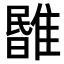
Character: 𩀃